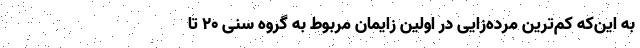
به این‌که کم‌ترین مرده‌زایی در اولین زایمان مربوط به گروه سنی ۲۰ تا